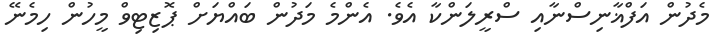
މެދުން އަފްޣާނިސްނާއި ސްރީލަންކާ އެވެ. އެންމެ މަދުން ބައްޔަށް ޕޮޒިޓިވް މީހުން ހިމެނޭ